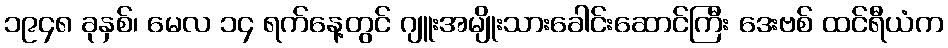
၁၉၄၈ ခုနှစ်၊ မေလ ၁၄ ရက်နေ့တွင် ဂျူးအမျိုးသားခေါင်းဆောင်ကြီး ဒေးဗစ် ထင်ရီယံက